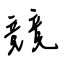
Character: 競